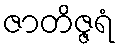
ဇာတိဇ္ဇရံ